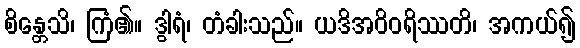
စိန္တေသိ၊ ကြံ၏။ ဒွါရံ၊ တံခါးသည်။ ယဒိအဝိဝရိဿတိ၊ အကယ်၍